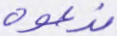
ندعوه